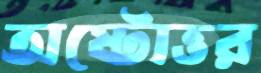
অষ্টোত্তর